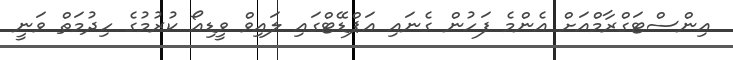
އިންސްޓަގްރާމްއަށް އެންމެ ފަހުން ގެނައި އަޕްޑޭޓްގައި ލައިވް ވީޑިއޯ ކުރުމުގެ ހިދުމަތް ވަނީ